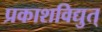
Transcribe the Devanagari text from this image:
प्रकाशविद्युत्‌